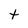
Character: t